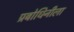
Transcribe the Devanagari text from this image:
प्रबोधिनीला